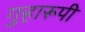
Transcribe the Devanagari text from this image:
गुहारूपी